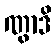
ဏွာဒိ